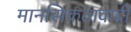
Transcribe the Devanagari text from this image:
मानसिकतावादी